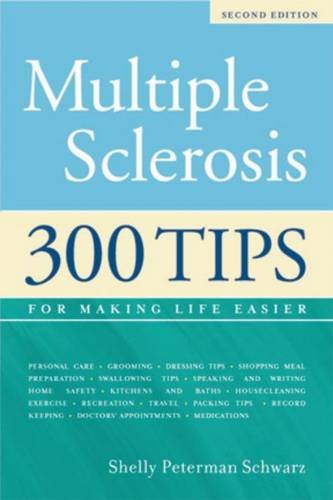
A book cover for Multiple Sclerosis: "300 Tips for Making Life Easier, 2nd Edition"; Shelley Peterman Schwarz; Health, Fitness & Dieting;